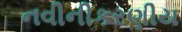
નવીનીકરણીય